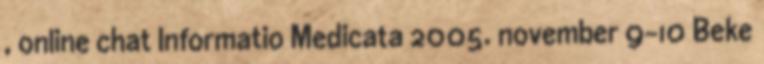
, online chat Informatio Medicata 2005. november 9-10 Beke